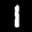
Label: 1